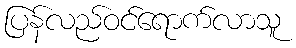
ပြန်လည်ဝင်ရောက်လာသူ